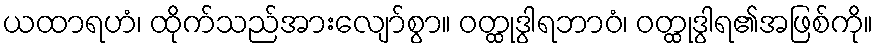
ယထာရဟံ၊ ထိုက်သည်အားလျော်စွာ။ ဝတ္ထုဒွါရဘာဝံ၊ ဝတ္ထုဒွါရ၏အဖြစ်ကို။